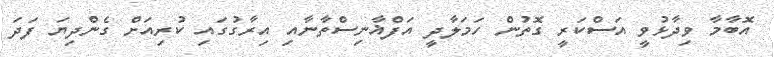
އޮބާމާ ވިދާޅުވީ އަސްކަރީ ގޮތުން ހަމަލާދީ އަފްޣާނިސްތާނާއި އިރާގުގައި ކުރިއަށް ގެންދިޔަ ފަދަ